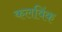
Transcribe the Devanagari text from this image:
कलविंक